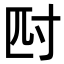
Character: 𭔪